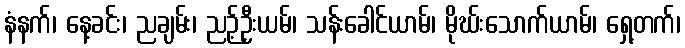
နံနက်၊ နေ့ခင်း၊ ညချမ်း၊ ညဉ့်ဦးယမ်၊ သန်းခေါင်ယာမ်၊ မိုဃ်းသောက်ယာမ်၊ ရှေ့တက်၊